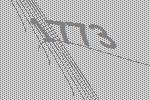
1773